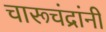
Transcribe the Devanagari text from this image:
चारूचंद्रांनी